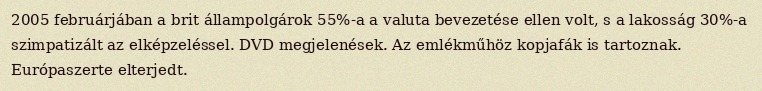
2005 februárjában a brit állampolgárok 55%-a a valuta bevezetése ellen volt, s a lakosság 30%-a szimpatizált az elképzeléssel. DVD megjelenések. Az emlékműhöz kopjafák is tartoznak. Európaszerte elterjedt.